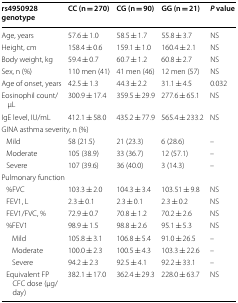
<table><thead><tr><td><b>rs4950928 genotype</b></td><td><b>CC (n = 270)</b></td><td><b>CG (n = 90)</b></td><td><b>GG (n = 21)</b></td><td><b><i>P</i> value</b></td></tr></thead><tbody><tr><td>Age, years</td><td>57.6 ± 1.0</td><td>58.5 ± 1.7</td><td>55.8 ± 3.7</td><td>NS</td></tr><tr><td>Height, cm</td><td>158.4 ± 0.6</td><td>159.1 ± 1.0</td><td>160.4 ± 2.1</td><td>NS</td></tr><tr><td>Body weight, kg</td><td>59.4 ± 0.7</td><td>60.7 ± 1.2</td><td>60.8 ± 2.7</td><td>NS</td></tr><tr><td>Sex, n (%)</td><td>110 men (41)</td><td>41 men (46)</td><td>12 men (57)</td><td>NS</td></tr><tr><td>Age of onset, years</td><td>42.5 ± 1.3</td><td>44.3 ± 2.2</td><td>31.1 ± 4.5</td><td>0.032</td></tr><tr><td>Eosinophil count/μL</td><td>300.9 ± 17.4</td><td>359.5 ± 29.9</td><td>277.6 ± 65.1</td><td>NS</td></tr><tr><td>IgE level, IU/mL</td><td>412.1 ± 58.0</td><td>435.2 ± 77.9</td><td>565.4 ± 233.2</td><td>NS</td></tr><tr><td colspan="5">GINA asthma severity, n (%)</td></tr><tr><td> Mild</td><td>58 (21.5)</td><td>21 (23.3)</td><td>6 (28.6)</td><td>–</td></tr><tr><td> Moderate</td><td>105 (38.9)</td><td>33 (36.7)</td><td>12 (57.1)</td><td>–</td></tr><tr><td> Severe</td><td>107 (39.6)</td><td>36 (40.0)</td><td>3 (14.3)</td><td>–</td></tr><tr><td colspan="5">Pulmonary function</td></tr><tr><td> %FVC</td><td>103.3 ± 2.0</td><td>104.3 ± 3.4</td><td>103.51 ± 9.8</td><td>NS</td></tr><tr><td> FEV1, L</td><td>2.3 ± 0.1</td><td>2.3 ± 0.1</td><td>2.3 ± 0.2</td><td>NS</td></tr><tr><td> FEV1/FVC, %</td><td>72.9 ± 0.7</td><td>70.8 ± 1.2</td><td>70.2 ± 2.6</td><td>NS</td></tr><tr><td> %FEV1</td><td>98.9 ± 1.5</td><td>98.8 ± 2.6</td><td>95.1 ± 5.3</td><td>NS</td></tr><tr><td>Mild</td><td>105.8 ± 3.1</td><td>106.8 ± 5.4</td><td>91.0 ± 26.5</td><td>–</td></tr><tr><td>Moderate</td><td>100.0 ± 2.3</td><td>100.5 ± 4.3</td><td>103.3 ± 22.6</td><td>–</td></tr><tr><td>Severe</td><td>94.2 ± 2.3</td><td>92.5 ± 4.1</td><td>92.2 ± 33.1</td><td>–</td></tr><tr><td> Equivalent FP CFC dose (μg/day)</td><td>382.1 ± 17.0</td><td>362.4 ± 29.3</td><td>228.0 ± 63.7</td><td>NS</td></tr></tbody></table>